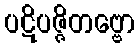
ပဋိပဇ္ဇိတဗ္ဗော